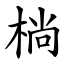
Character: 㭻